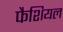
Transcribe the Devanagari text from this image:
फैशियल